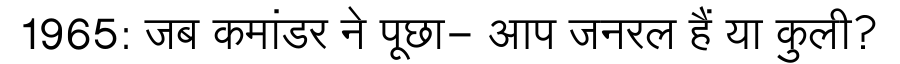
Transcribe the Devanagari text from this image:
1965: जब कमांडर ने पूछा- आप जनरल हैं या कुली?